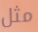
مثل